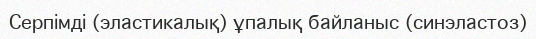
Серпімді (эластикалық) ұпалық байланыс (синэластоз)